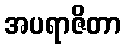
အပရာဇိတာ